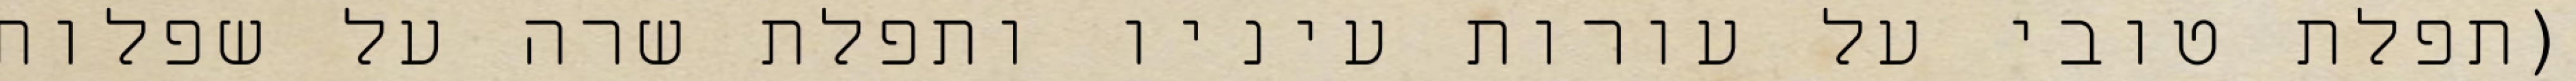
(תפלת טובי על עורות עיניו ותפלת שרה על שפלות